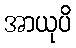
အာယုပိ